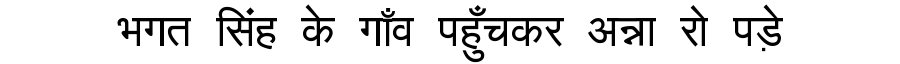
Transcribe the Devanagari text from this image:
भगत सिंह के गाँव पहुँचकर अन्ना रो पड़े